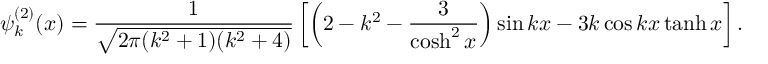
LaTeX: \psi _ { k } ^ { ( 2 ) } ( x ) = \frac { 1 } { \sqrt { 2 \pi ( k ^ { 2 } + 1 ) ( k ^ { 2 } + 4 ) } } \left[ \left( 2 - k ^ { 2 } - \frac { 3 } { \cosh ^ { 2 } x } \right) \sin k x - 3 k \cos k x \operatorname { t a n h } x \right] .